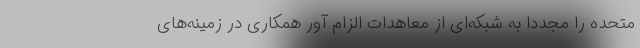
متحده را مجددا به شبکه‌ای از معاهدات الزام آور همکاری در زمینه‌های